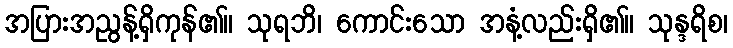
အပြားအညွန့်ရှိကုန်၏။ သုရဘိ၊ ကောင်းသော အနံ့လည်းရှိ၏။ သုန္ဒရိစ၊